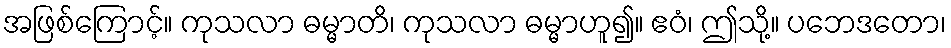
အဖြစ်ကြောင့်။ ကုသလာ ဓမ္မာတိ၊ ကုသလာ ဓမ္မာဟူ၍။ ဧဝံ၊ ဤသို့။ ပဘေဒတော၊